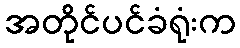
အတိုင်ပင်ခံရုံးက